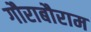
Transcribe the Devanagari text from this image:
गौराबौराम